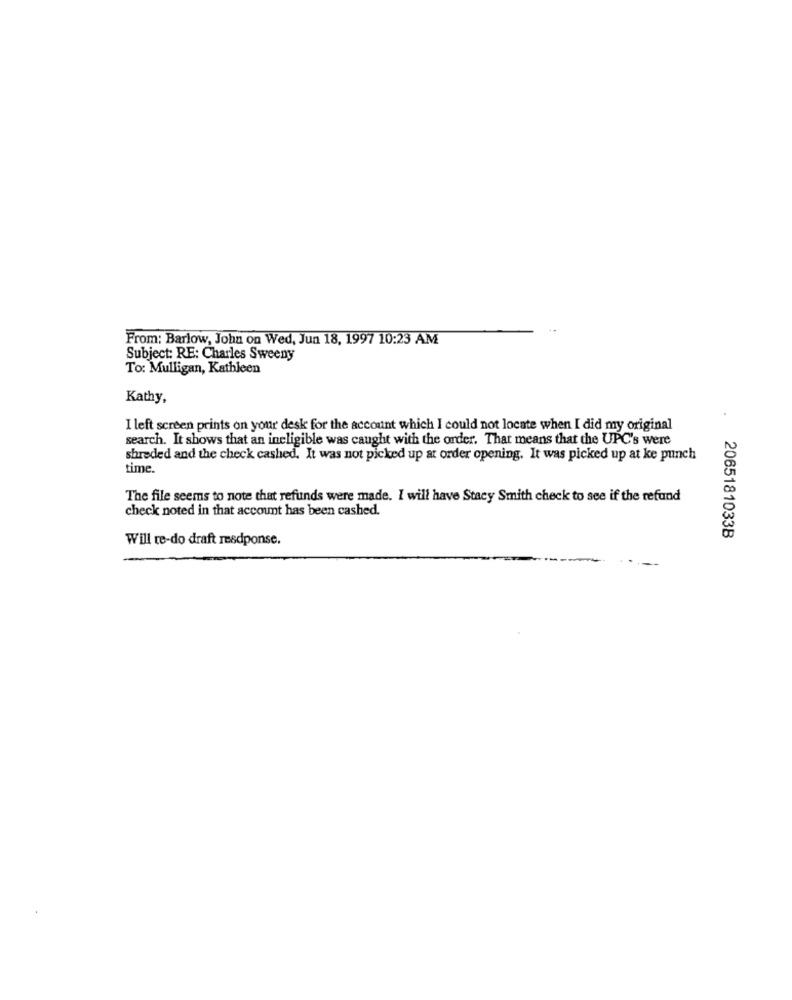
From: Barlow, John on Wed, Jun 18, 1997 10:23 AM
Subject: RE: Charles Sweeny
To: Mulligan, Kathleen
Kathy,
I left screen prints on your desk for the account which I could not locate when I did my original
search. It shows that an ineligible was caught with the order. That means that the UPC's were
shreded and the check cashed. It was not picked up at order opening. It was picked up at ke punch
time.
The file seems to note that refunds were made. I will have Stacy Smith check to see if the refund
check noted in that account has been cashed.
Will te-do draft resdponse.
2065181033B